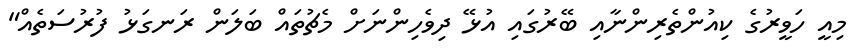
މިއީ ހަވީރުގެ ކިއުންތެރިންނާއި ބޭރުގައި އުޅޭ ދިވެހިންނަށް މެޗުތައް ބަލަން ރަނގަޅު ފުރުސަތެއް"